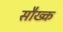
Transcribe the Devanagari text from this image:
सौख्क